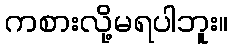
ကစားလို့မရပါဘူး။